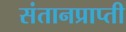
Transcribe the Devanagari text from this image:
संतानप्राप्ती